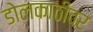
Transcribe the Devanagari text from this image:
डोलकाठीवर